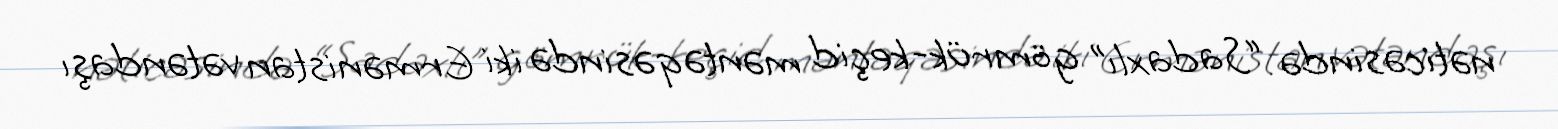
nəticəsində “Sadaxlı” gömrük-keçid məntəqəsində iki Ermənistan vətəndaşı